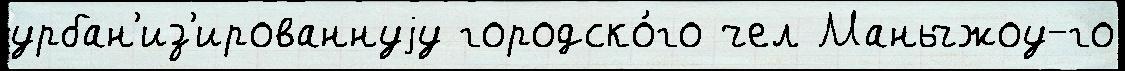
урбан'из'ированнуjу городско́го чел Маньчжоу-го